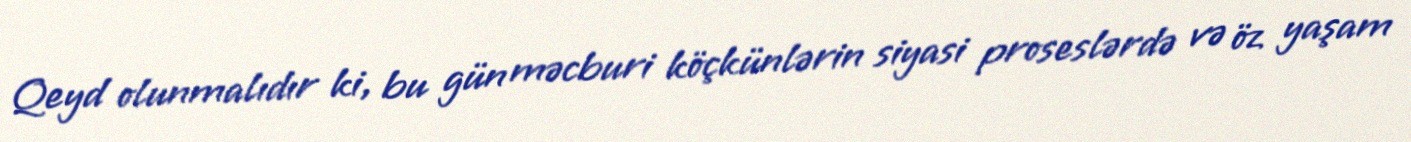
Qeyd olunmalıdır ki, bu gün məcburi köçkünlərin siyasi proseslərdə və öz yaşam